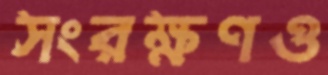
সংরক্ষণও